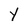
Character: Y